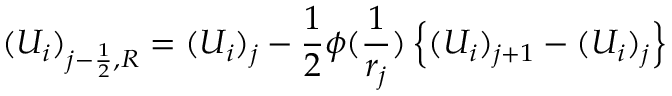
( U _ { i } ) _ { j - \frac { 1 } { 2 } , R } = ( U _ { i } ) _ { j } - \frac { 1 } { 2 } \phi ( \frac { 1 } { r _ { j } } ) \left\{ ( U _ { i } ) _ { j + 1 } - ( U _ { i } ) _ { j } \right\}